Alma_Vaarman, lk 37
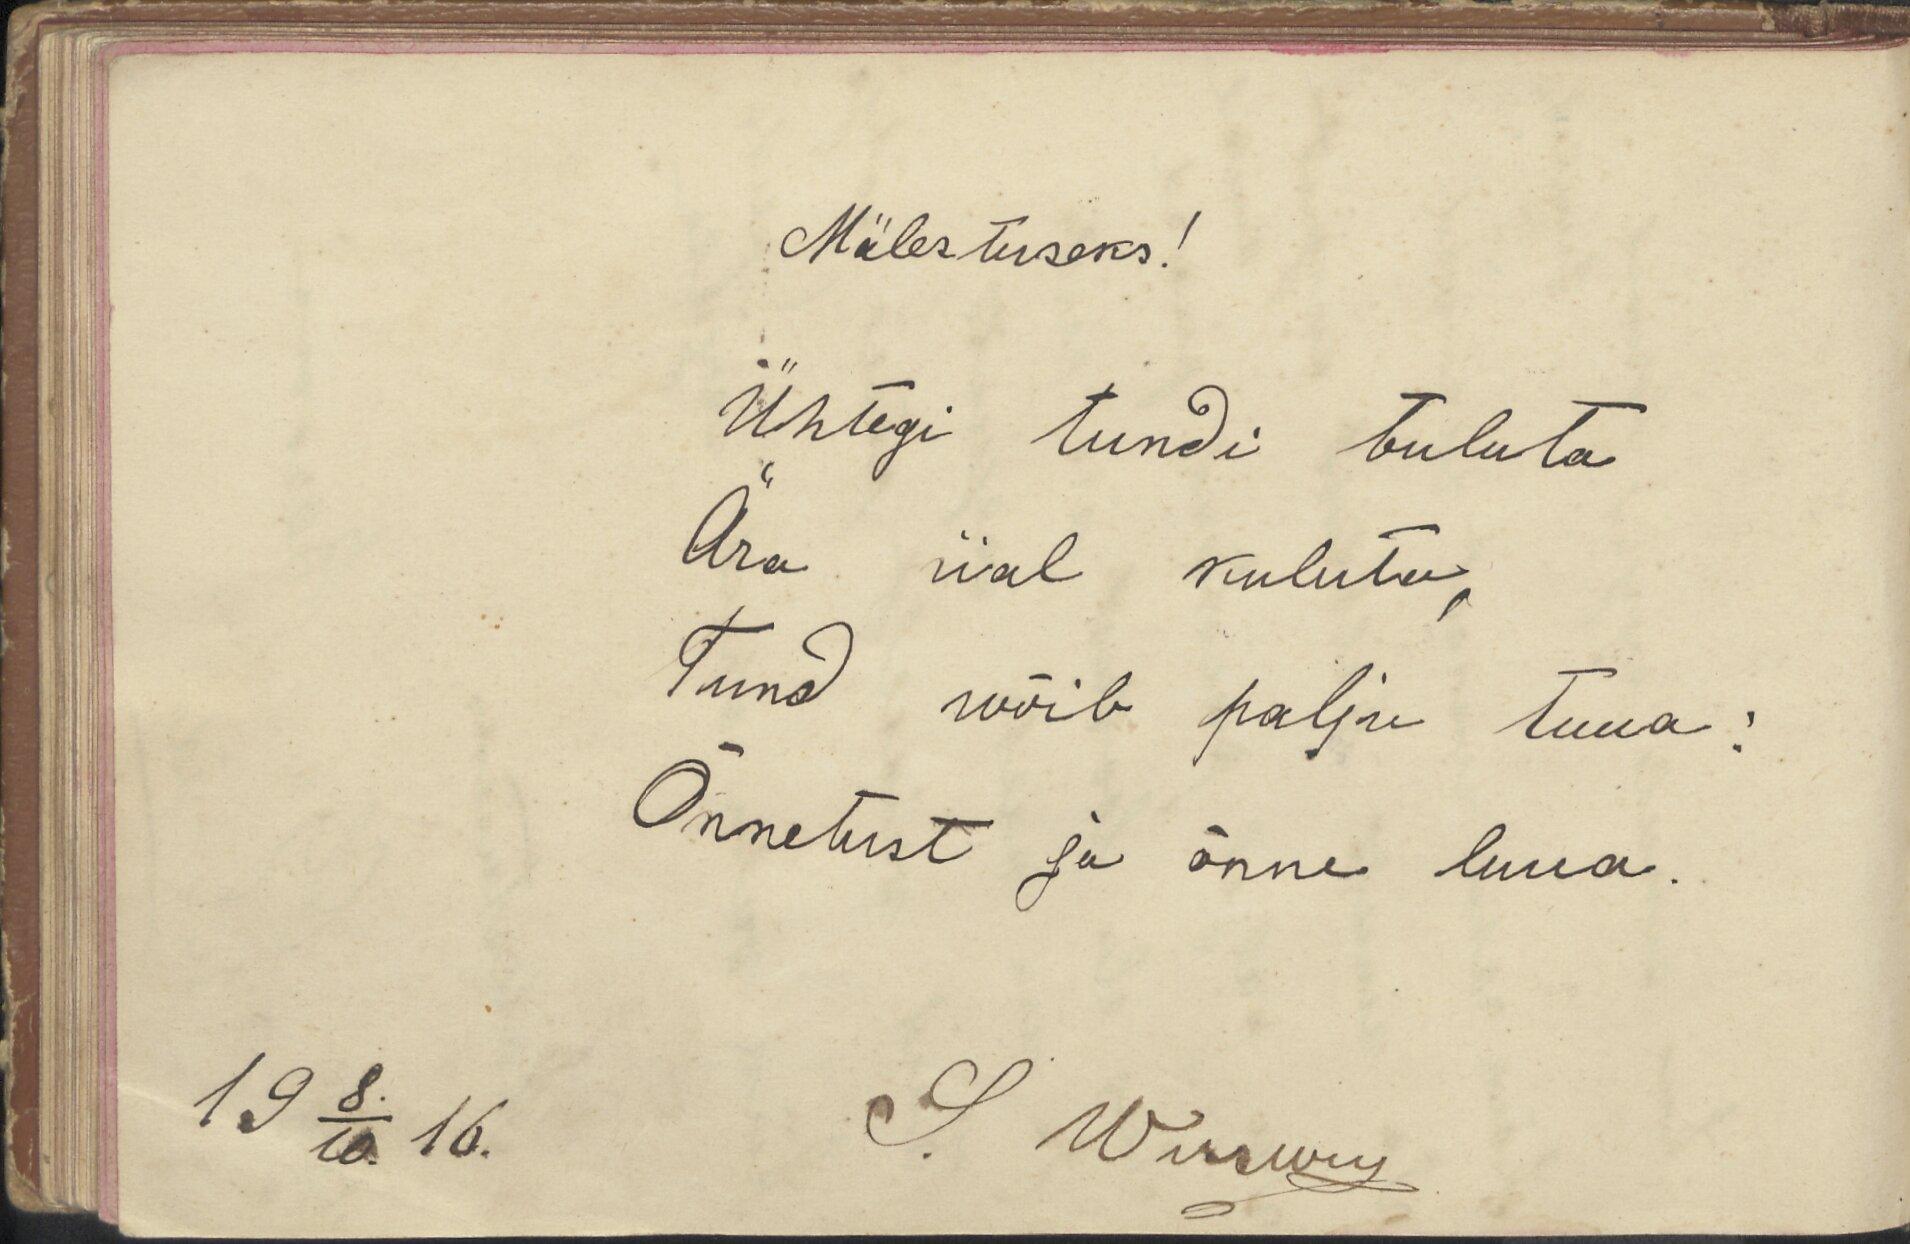
Mälestuseks!
Ühtegi tundi tuluta
Ära iial kuluta
Tund wõib palju tuua
Õnnetust ja õnne luua.
19 8/10 16.
S. Wiwwis